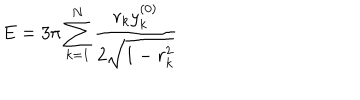
E = 3 \pi \sum _ { k = 1 } ^ { N } \frac { r _ { k } y _ { k } ^ { ( 0 ) } } { 2 \sqrt { 1 - r _ { k } ^ { 2 } } }